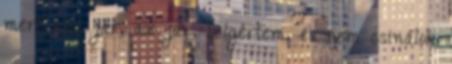
mert ami jár, az jár, beígértem, és nem csinálok